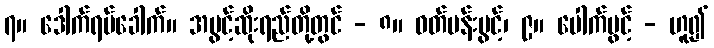
၇။ ဒေါက်ရပ်ခေါက်။ အပွင့်ဆိုးရည်တို့တွင် - ၈။ ဝတ်ပန်းပွင့်၊ ၉။ ပေါက်ပွင့် - ဟူ၍